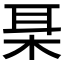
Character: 𱣍